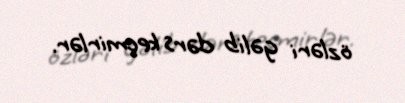
özləri gəlib dərs keçmirlər.